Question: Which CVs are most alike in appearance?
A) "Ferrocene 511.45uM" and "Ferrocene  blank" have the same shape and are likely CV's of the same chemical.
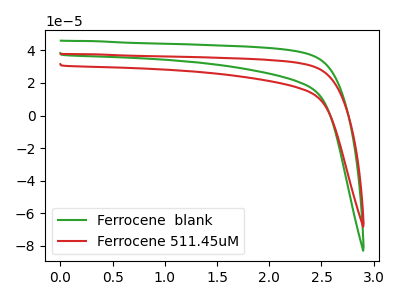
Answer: <think>The green curve "Ferrocene  blank" has no peaks. The red curve "Ferrocene 511.45uM" has no peaks.
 Neither "Ferrocene  blank" or "Ferrocene 511.45uM" have any peaks.</think>
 <answer>A) "Ferrocene 511.45uM" and "Ferrocene  blank" have the same shape and are likely CV's of the same chemical.</answer>
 <eval>A</eval>